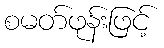
စမတ်ဖုန်းဖြင့်